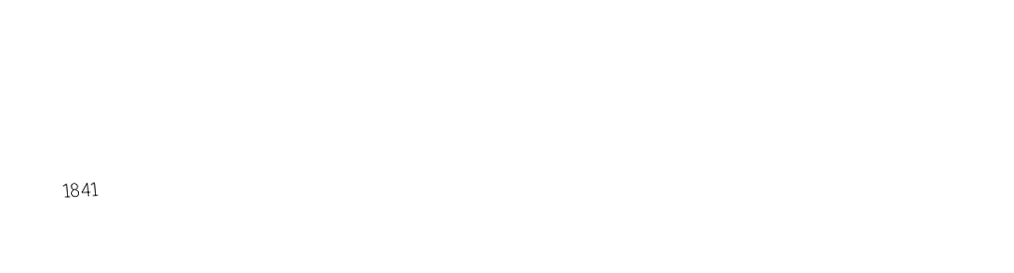

1841